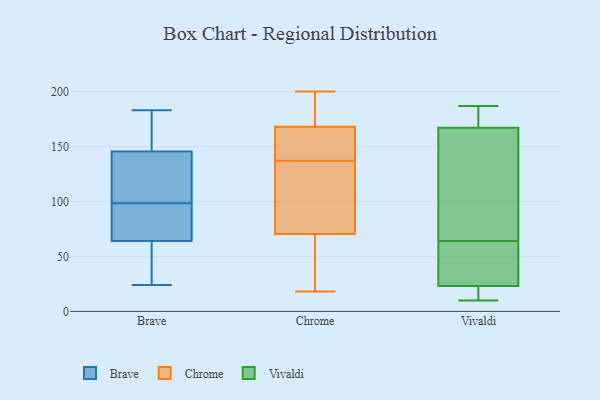
{"axis": {"x": "Energy Usage (MWh)", "y": "Value"}, "legend": ["Brave", "Chrome", "Vivaldi"], "data": [{"x": "", "y": 147, "type": "Brave"}, {"x": "", "y": 183, "type": "Brave"}, {"x": "", "y": 54, "type": "Brave"}, {"x": "", "y": 82, "type": "Brave"}, {"x": "", "y": 144, "type": "Brave"}, {"x": "", "y": 24, "type": "Brave"}, {"x": "", "y": 114, "type": "Brave"}, {"x": "", "y": 125, "type": "Brave"}, {"x": "", "y": 162, "type": "Brave"}, {"x": "", "y": 56, "type": "Brave"}, {"x": "", "y": 75, "type": "Brave"}, {"x": "", "y": 42, "type": "Brave"}, {"x": "", "y": 170, "type": "Brave"}, {"x": "", "y": 124, "type": "Brave"}, {"x": "", "y": 110, "type": "Brave"}, {"x": "", "y": 44, "type": "Brave"}, {"x": "", "y": 87, "type": "Brave"}, {"x": "", "y": 83, "type": "Brave"}, {"x": "", "y": 72, "type": "Brave"}, {"x": "", "y": 156, "type": "Brave"}, {"x": "", "y": 187, "type": "Chrome"}, {"x": "", "y": 151, "type": "Chrome"}, {"x": "", "y": 137, "type": "Chrome"}, {"x": "", "y": 200, "type": "Chrome"}, {"x": "", "y": 86, "type": "Chrome"}, {"x": "", "y": 68, "type": "Chrome"}, {"x": "", "y": 199, "type": "Chrome"}, {"x": "", "y": 165, "type": "Chrome"}, {"x": "", "y": 45, "type": "Chrome"}, {"x": "", "y": 151, "type": "Chrome"}, {"x": "", "y": 97, "type": "Chrome"}, {"x": "", "y": 18, "type": "Chrome"}, {"x": "", "y": 169, "type": "Chrome"}, {"x": "", "y": 34, "type": "Chrome"}, {"x": "", "y": 103, "type": "Chrome"}, {"x": "", "y": 141, "type": "Chrome"}, {"x": "", "y": 18, "type": "Chrome"}, {"x": "", "y": 200, "type": "Chrome"}, {"x": "", "y": 78, "type": "Chrome"}, {"x": "", "y": 64, "type": "Vivaldi"}, {"x": "", "y": 17, "type": "Vivaldi"}, {"x": "", "y": 187, "type": "Vivaldi"}, {"x": "", "y": 108, "type": "Vivaldi"}, {"x": "", "y": 10, "type": "Vivaldi"}, {"x": "", "y": 152, "type": "Vivaldi"}, {"x": "", "y": 38, "type": "Vivaldi"}, {"x": "", "y": 52, "type": "Vivaldi"}, {"x": "", "y": 172, "type": "Vivaldi"}, {"x": "", "y": 184, "type": "Vivaldi"}, {"x": "", "y": 18, "type": "Vivaldi"}]}